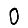
Digit: 0